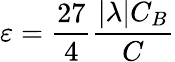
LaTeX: \varepsilon=\frac{27}{4}\frac{|\lambda|C_{B}}{C}